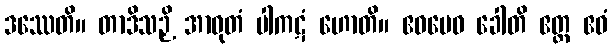
ဒဿေတိ။ တာဒိသဉှိ အာဝုတံ ပါကဋံ ဟောတိ။ ဧဝမေဝ ခေါတိ ဧတ္ထ ဧဝံ